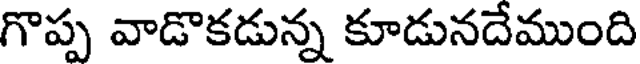
గొప్ప వాడొకడున్న కూడునదేముంది